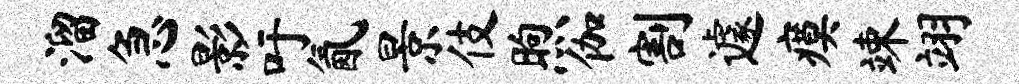
溜急影吁氤景伎煦伽割遽瘼竦翊